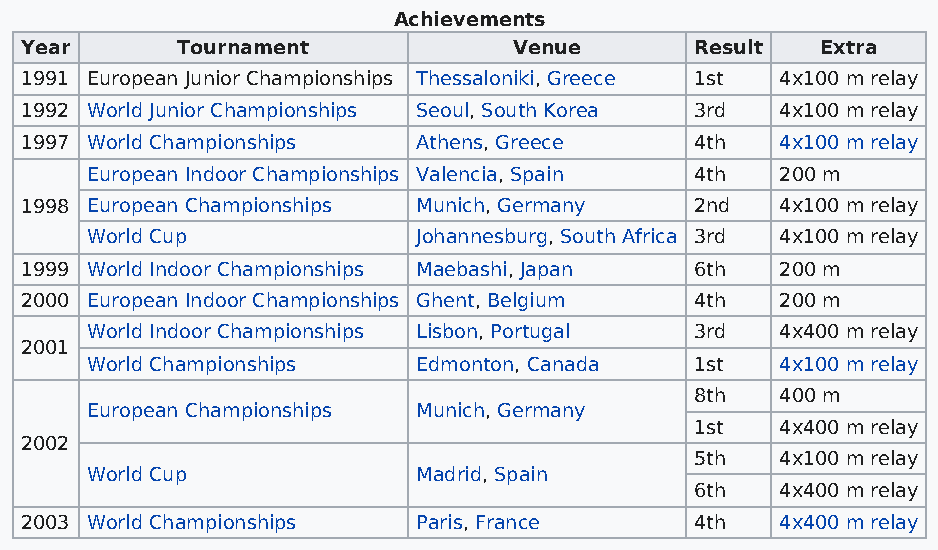
Achievements
 Year       Tournament            Venue       Result  Extra
 1991 European Junior Championships Thessaloniki, Greece 1st 4x100 m relay
 1992 World Junior Championships Seoul, South Korea 3rd 4x100 m relay
 1997 World Championships   Athens, Greece    4th   4x100 m relay
 European Indoor Championships Valencia, Spain 4th 200 m
 1998 European Championships Munich, Germany  2nd   4x100 m relay
 World Cup             Johannesburg, South Africa 3rd 4x100 m relay
 1999 World Indoor Championships Maebashi, Japan 6th 200 m
 2000 European Indoor Championships Ghent, Belgium 4th 200 m
 World Indoor Championships Lisbon, Portugal 3rd 4x400 m relay
 2001
 World Championships   Edmonton, Canada  1st   4x100 m relay
 8th   400 m
 European Championships Munich, Germany
 1st   4x400 m relay
 2002
 5th   4x100 m relay
 World Cup             Madrid, Spain
 6th   4x400 m relay
 2003 World Championships   Paris, France     4th   4x400 m relay